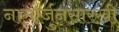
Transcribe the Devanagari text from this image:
नागार्जुनसारखी